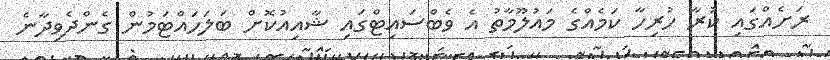
ރަށެއްގައި ކުރާ ހުރިހާ ކަމެއްގެ މައުލޫމާތު އެ ވެބްސައިޓްގައި ޝާއިއުކޮށް ބަލަހައްޓަމުން ގެންދެވިދާނެ